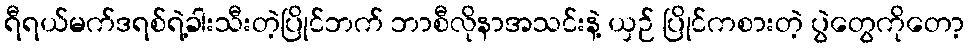
ရီရယ်မက်ဒရစ်ရဲ့ခါးသီးတဲ့ပြိုင်ဘက် ဘာစီလိုနာအသင်းနဲ့ ယှဉ် ပြိုင်ကစားတဲ့ ပွဲတွေကိုတော့